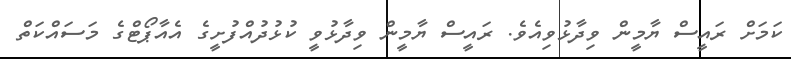
ކަމަށް ރައީސް ޔާމީން ވިދާޅުވިއެވެ. ރައީސް ޔާމީން ވިދާޅުވީ ކުޅުދުއްފުށީގެ އެއާޕޯޓްގެ މަސައްކަތް